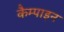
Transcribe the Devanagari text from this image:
कैम्पाइन